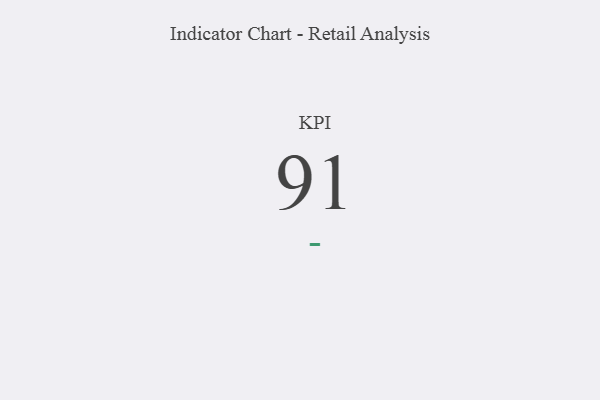
{"axis": {"x": "KPI", "y": "Value"}, "legend": [""], "data": [{"x": "KPI", "y": 91, "type": ""}]}